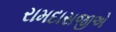
રામદાસજીએ